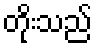
တိုးသည်